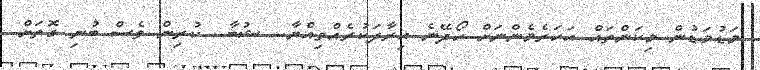
މަޑުމަޑުން މިކަންތައް އަހަރެމެންނަށް ހޯދޭނެ އިރާދަކުރެއްވިއްޔާ.. ޝުބާ.. ކުރިން ވެސް ބުނި ގޮތަށް